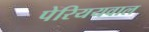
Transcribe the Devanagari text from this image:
पेरिययवाल